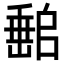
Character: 𡼻